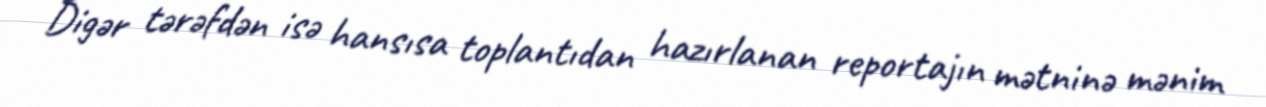
Digər tərəfdən isə hansısa toplantıdan hazırlanan reportajın mətninə mənim